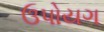
ઉપોયગ